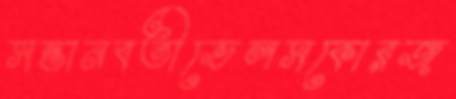
সন্তানবতীভেলসকোরজ